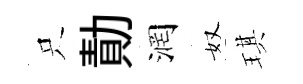
只勣润奴琪